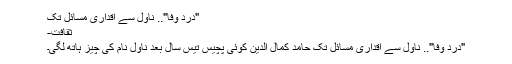
"دردِ وفا".. ناول سے اقداری مسائل تک
ثقافت-
"دردِ وفا".. ناول سے اقداری مسائل تک حامد کمال الدین کوئی پچیس تیس سال بعد ناول نام کی چیز ہاتھ لگی۔